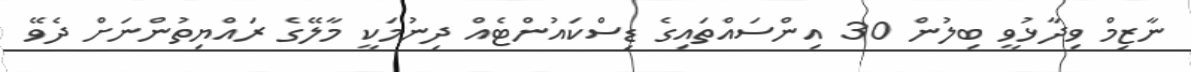
ނާޒިމް ވިދާޅުވީ ބިލުން 30 އިންސައްތައިގެ ޑިސްކައުންޓެއް ދިނުމަކީ މާލޭގެ ރައްޔިތުންނަށް ދެވޭ